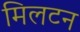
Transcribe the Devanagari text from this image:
मिलटन